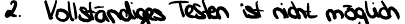
2. Vollständiges Testen ist nicht möglich